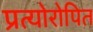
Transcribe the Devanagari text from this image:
प्रत्योरोपित